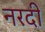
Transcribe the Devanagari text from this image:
नरदी